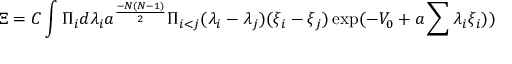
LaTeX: \Xi = C \int \Pi _ { i } d \lambda _ { i } a ^ { { \frac { - N ( N - 1 ) } { 2 } } } \Pi _ { i < j } ( \lambda _ { i } - \lambda _ { j } ) ( \xi _ { i } - \xi _ { j } ) \exp ( - V _ { 0 } + a \sum \lambda _ { i } \xi _ { i } ) )